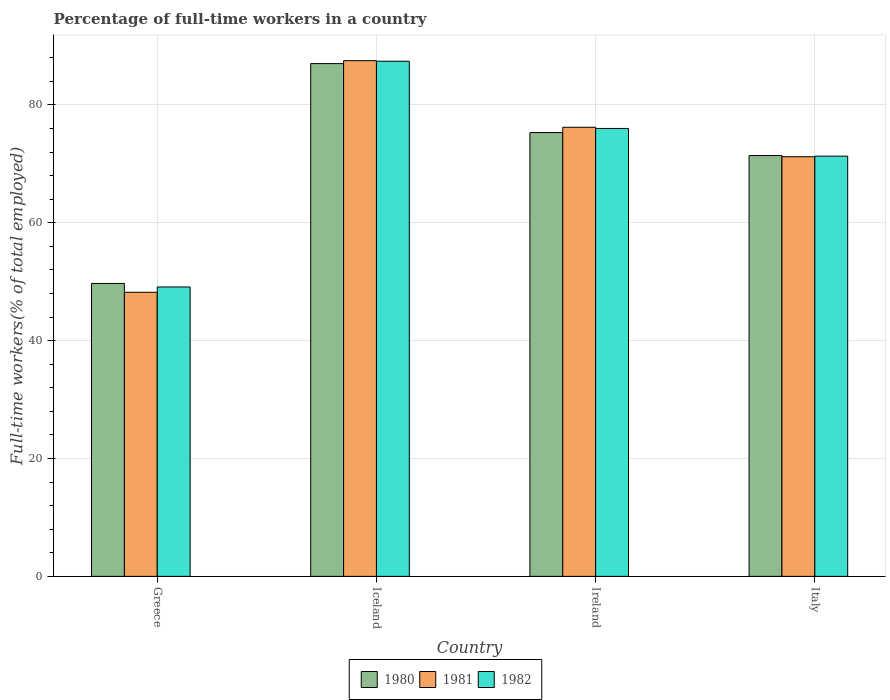
| Country | 1980 | 1981 | 1982 |
 | --- | --- | --- | --- |
 | Greece | 49.7 | 48.2 | 49.1 |
 | Iceland | 87 | 87.5 | 87.4 |
 | Ireland | 75.3 | 76.2 | 76 |
 | Italy | 71.4 | 71.2 | 71.3 |